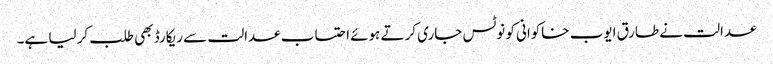
عدالت نے طارق ایوب خاکوانی کو نوٹس جاری کرتے ہوئے احتساب عدالت سے ریکارڈ بھی طلب کر لیا ہے۔